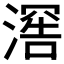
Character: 𬈯